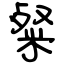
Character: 粲